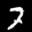
Label: 7